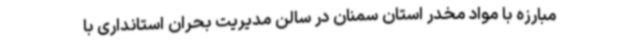
مبارزه با مواد مخدر استان سمنان در سالن مدیریت بحران استانداری با